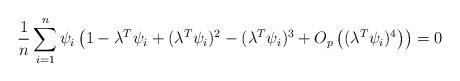
LaTeX: \begin{align*}\frac{1}{n} \sum_{i=1}^n \psi_i \left(1 - \lambda^T \psi_i + (\lambda^T \psi_i)^2 - (\lambda^T \psi_i)^3 + O_p \left((\lambda^T \psi_i)^4\right) \right) = 0\end{align*}